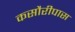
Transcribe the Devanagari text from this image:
कसौरीपास